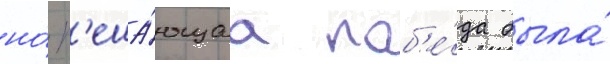
но́ р'еша́ющаа поб'е́да была́